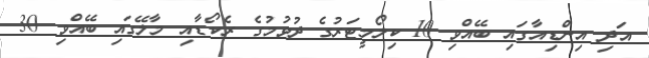
އަދި އިންޑިއާގައި ބޭއްވި 10 ކިލޯމީޓަރުގެ ދުވުމުގެ ރެކޯޑާއި މާލޭގައި ބޭއްވި 30